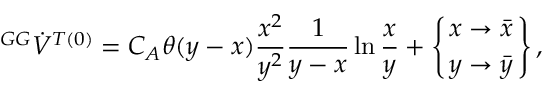
{ ^ { G G } \dot { V } ^ { T ( 0 ) } } = C _ { A } \theta ( y - x ) \frac { x ^ { 2 } } { y ^ { 2 } } \frac { 1 } { y - x } \ln \frac { x } { y } + \left\{ x \to \bar { x } \atop y \to \bar { y } \right\} ,